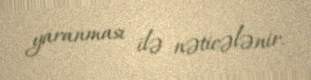
yaranması ilə nəticələnir.